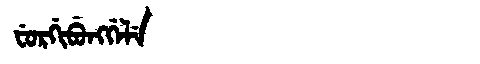
Manchu: ᠸᡠᡵᡤᡳᠪᡠᠩᡤᡝᠯᡝ
Romanization: FURGIBUNGGELE